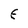
Character: E